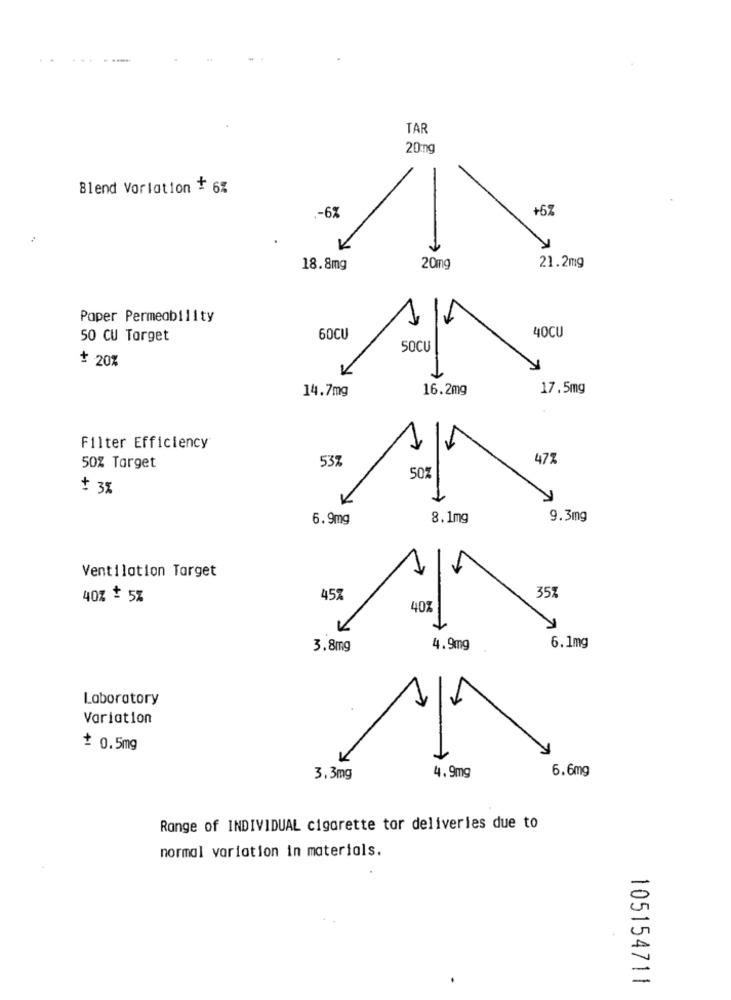
TAR
20mg
Blend Vorlation + 6%
.- 6%
+69
18.8mg
20mg
21.2mg
Paper Permeability
40CU
50 CU Torget
60CU
50CU
+ 20%
14.7mg
16.2mg
17.5mg
Filter Efficiency
53%
472
50% Target
50%
+ 3%
6.9mg
8.1mg
9.3mg
Ventilation Target
357
40% + 5%
45%
407
3.8mg
4.9mg
6.1mg
Laboratory
Variation
= 0.5mg
4.9mg
6.6mg
3.3mg
Range of INDIVIDUAL cigarette tor deliveries due to
normal variation in materials.
105154711